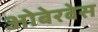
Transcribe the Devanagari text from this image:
ओबेरवेस